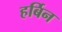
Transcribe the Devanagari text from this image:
हर्बिन